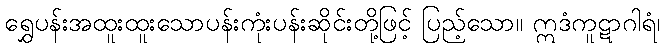
ရွှေပန်းအထူးထူးသောပန်းကုံးပန်းဆိုင်းတို့ဖြင့် ပြည့်သော။ ဣဒံကူဋာဂါရံ၊